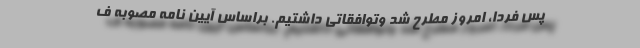
پس فردا، امروز مطرح شد وتوافقاتی داشتیم. براساس آیین نامه مصوبه ف